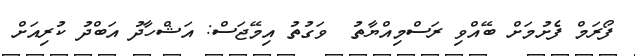
ފޯރަމް ފެށުމަށް ބޭއްވި ރަސްމިއްޔާތު  ވަގުތު އިމޭޖަސް: އަޝްހާދު އަބްދު ކުރިއަށް